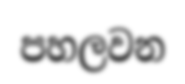
පහලවන